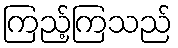
ကြည့်ကြသည်